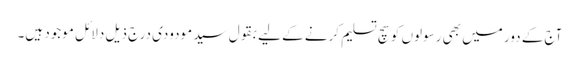
آج کے دور میں بھی رسولوں کو سچ تسلیم کرنے کے لیے بقول سید مودودی درج ذیل دلائل موجود ہیں۔